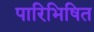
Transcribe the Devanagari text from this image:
पारिभिषित